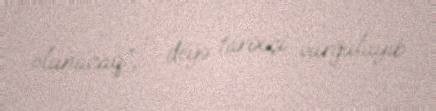
olunacaq”, - deyə tarixçi vurğulayıb.